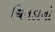
ચિતડાનો